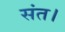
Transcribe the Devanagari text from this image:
संत।